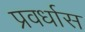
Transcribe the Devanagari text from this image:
प्रवर्धास